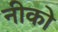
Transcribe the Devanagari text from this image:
नीको